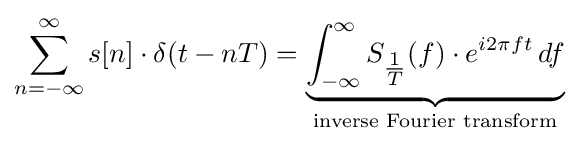
\sum _{n=-\infty }^{\infty }s[n]\cdot \delta (t-nT)=\underbrace {\int _{-\infty }^{\infty }S_{\tfrac {1}{T}}(f)\cdot e^{i2\pi ft}\,df} _{\text{inverse Fourier transform}}